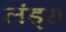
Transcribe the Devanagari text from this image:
लंड्स